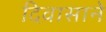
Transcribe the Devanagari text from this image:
दिवासाने